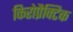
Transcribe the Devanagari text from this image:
किरोप्रैक्टिक